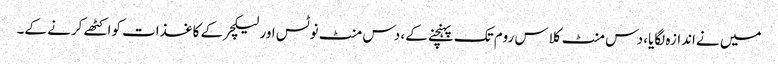
میں نےاندازہ لگایا، دس منٹ کلاس روم تک پہنچنے کے، دس منٹ نوٹس اور لیکچر کے کاغذات کواکٹھے کرنے کے۔